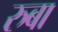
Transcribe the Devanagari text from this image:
रुबा